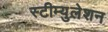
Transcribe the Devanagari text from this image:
स्टीम्युलेशन